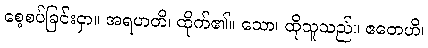
စေ့စပ်ခြင်းငှာ။ အရဟတိ၊ ထိုက်၏။ သော၊ ထိုသူသည်။ ဧတေဟိ၊